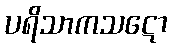
ပရိသာကသဋော